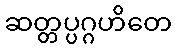
ဆတ္တပ္ပဂ္ဂဟိတေ